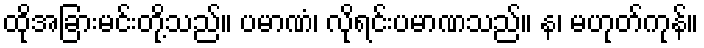
ထိုအခြားမင်းတို့သည်။ ပမာဏံ၊ လိုရင်းပမာဏသည်။ န၊ မဟုတ်ကုန်။